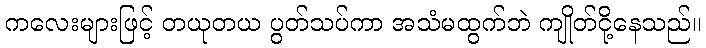
ကလေးများဖြင့် တယုတယ ပွတ်သပ်ကာ အသံမထွက်ဘဲ ကျိုတ်ငို့နေသည်။